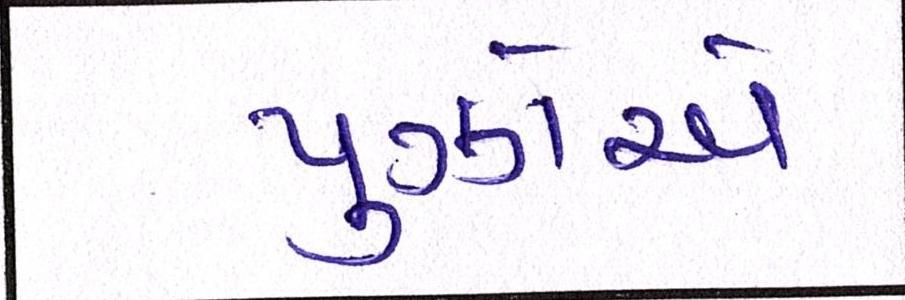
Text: પુઝોએ